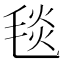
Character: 毯